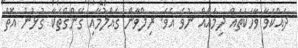
ދައްކަވާ ވާހަކަތައް ދިމައެއް ނުވެ އެވެ. ރިލްވާން ގެއްލުމާއި ގޭންގްތަކާ ގުޅުން އޮތް